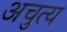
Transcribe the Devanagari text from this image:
अचुत्य